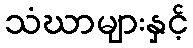
သံဃာများနှင့်